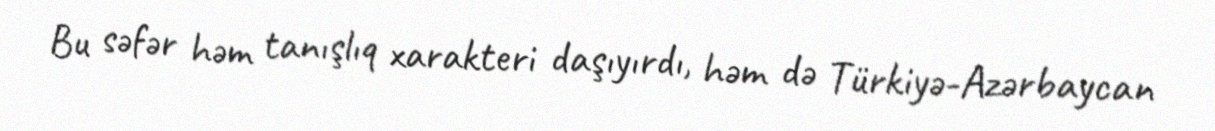
Bu səfər həm tanışlıq xarakteri daşıyırdı, həm də Türkiyə-Azərbaycan